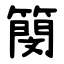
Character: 簢